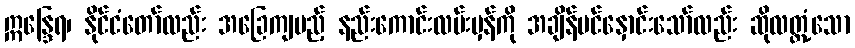
ဣန္ဒြေရ၊ နိုင်ငံတော်လည်း အခြေကျမည့် နည်းကောင်းလမ်းမှန်ကို အချိန်ပင်နှောင်းသော်လည်း ဆိုလတ္တံ့သော